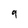
Character: 9